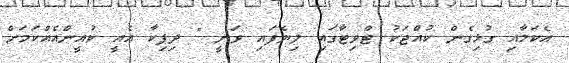
އެކަމާއި ގުޅިގެން ކުއްޖަކު ޓްވިޓާގައި ލިޔެފައި ވަނީ " ދިޕިކާ އެއީ ކުއީންއެއްކަމަށް